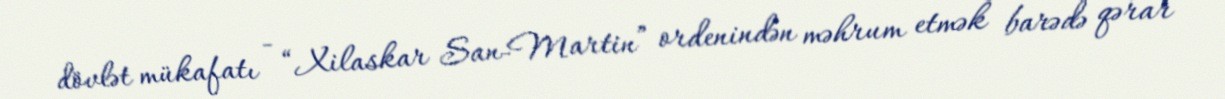
dövlət mükafatı - “Xilaskar San-Martin” ordenindən məhrum etmək barədə qərar